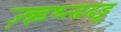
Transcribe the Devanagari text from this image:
ज़्न्र्ड़थ्त्ढढड्ढ